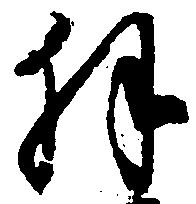
拝